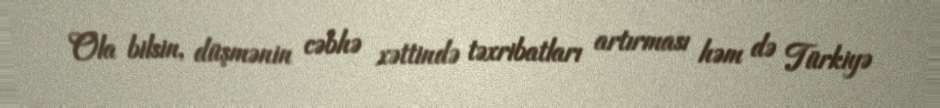
Ola bilsin, düşmənin cəbhə xəttində təxribatları artırması həm də Türkiyə